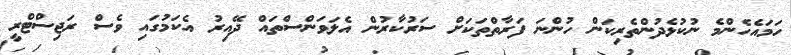
ހަމައެހެންމެ ނުކުޅެދުންތެރިކަން ހުންނަ ފަރާތްތަކަށް ސަރުކާރުން އެލަވަންސްތައް ދޭއިރު އެކަމުގައި ވެސް ރަޖިސްޓްރީ